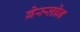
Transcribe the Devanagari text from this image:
ब्रेस्सोन